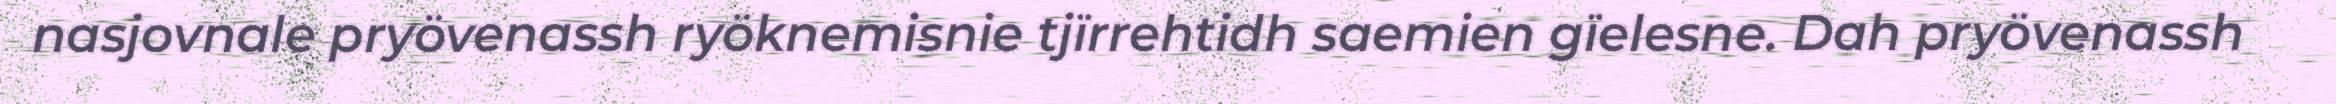
nasjovnale pryövenassh ryöknemisnie tjïrrehtidh saemien gïelesne. Dah pryövenassh